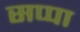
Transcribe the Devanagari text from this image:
सप्पा